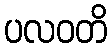
ပလဝတိ